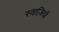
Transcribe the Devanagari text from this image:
स्वाज़ियों